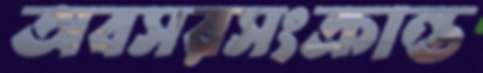
অবসরসংক্রান্ত